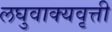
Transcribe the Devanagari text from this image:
लघुवाक्यवृत्ती